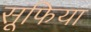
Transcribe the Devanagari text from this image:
सूफिया